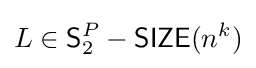
L\in {\mathsf {S}}_{2}^{P}-{\mathsf {SIZE}}(n^{k})